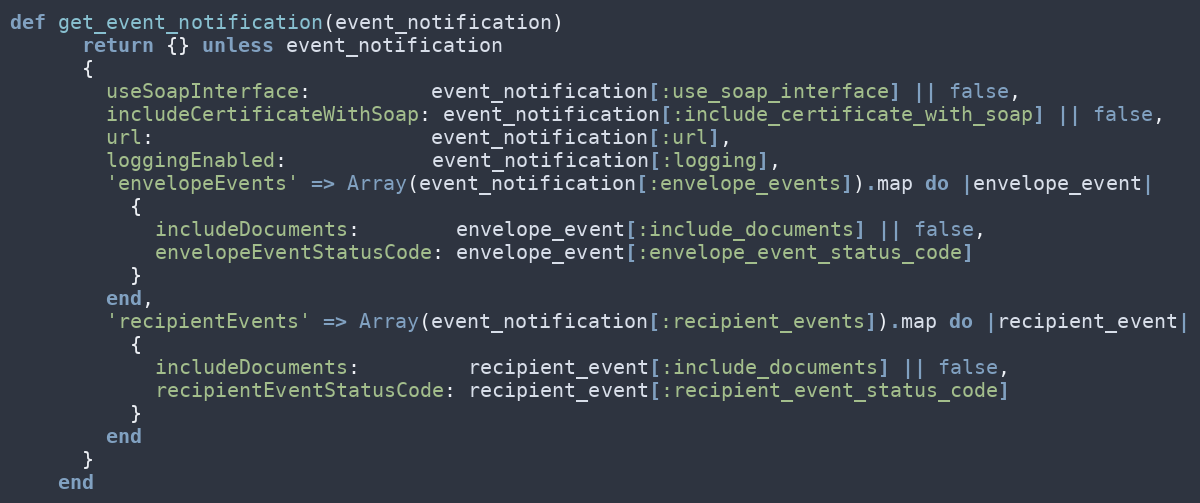
Language: Ruby
def get_event_notification(event_notification)
      return {} unless event_notification
      {
        useSoapInterface:          event_notification[:use_soap_interface] || false,
        includeCertificateWithSoap: event_notification[:include_certificate_with_soap] || false,
        url:                       event_notification[:url],
        loggingEnabled:            event_notification[:logging],
        'envelopeEvents' => Array(event_notification[:envelope_events]).map do |envelope_event|
          {
            includeDocuments:        envelope_event[:include_documents] || false,
            envelopeEventStatusCode: envelope_event[:envelope_event_status_code]
          }
        end,
        'recipientEvents' => Array(event_notification[:recipient_events]).map do |recipient_event|
          {
            includeDocuments:         recipient_event[:include_documents] || false,
            recipientEventStatusCode: recipient_event[:recipient_event_status_code]
          }
        end
      }
    end